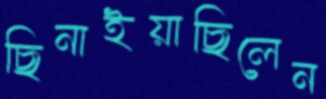
ছিনাইয়াছিলেন